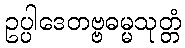
ဥပ္ပါဒေတဗ္ဗဓမ္မသုတ္တံ